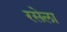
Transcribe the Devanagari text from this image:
रसेला